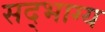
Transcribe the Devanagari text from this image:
सद्‌भाग्य